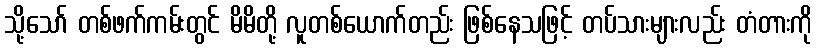
သို့သော် တစ်ဖက်ကမ်းတွင် မိမိတို့ လူတစ်ယောက်တည်း ဖြစ်နေသဖြင့် တပ်သားများလည်း တံတားကို